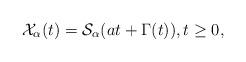
LaTeX: \begin{align*}\mathcal{X}_{\alpha }(t)=\mathcal{S}_{\alpha }(at+\Gamma (t)),t\geq 0,\end{align*}